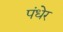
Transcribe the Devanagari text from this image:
पंधेर